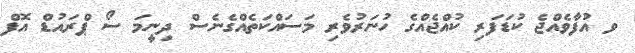
ވ އުފާވެއްޖެ ކުޑަފަރި ކުއްޖެއްގެ ހުނަރުވެރި މަސައްކަތެއްގެނެސް ދިނީމަ ސޯ ޕްރައުޑް އޮފް